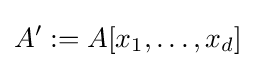
A':=A[x_{1},\dots ,x_{d}]